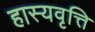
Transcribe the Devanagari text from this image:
हास्यवृत्ति